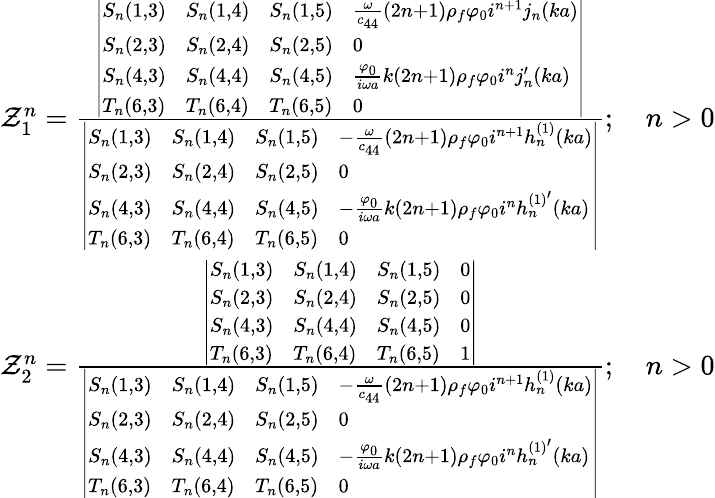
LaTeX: \begin{array}{r}{\mathcal{Z}_{1}^{n}=\frac{\left|\begin{array}{llll}{S_{n}\left(1,3\right)}&{S_{n}\left(1,4\right)}&{S_{n}\left(1,5\right)}&{\frac{\omega}{c_{44}}\left(2n+1\right)\rho_{f}\varphi_{0}i^{n+1}j_{n}\left(ka\right)}\\ {S_{n}\left(2,3\right)}&{S_{n}\left(2,4\right)}&{S_{n}\left(2,5\right)}&{0}\\ {S_{n}\left(4,3\right)}&{S_{n}\left(4,4\right)}&{S_{n}\left(4,5\right)}&{\frac{\varphi_{0}}{i\omega a}k\left(2n+1\right)\rho_{f}\varphi_{0}i^{n}j_{n}^{\prime}\left(ka\right)}\\ {T_{n}\left(6,3\right)}&{T_{n}\left(6,4\right)}&{T_{n}\left(6,5\right)}&{0}\end{array}\right|}{\left|\begin{array}{llll}{S_{n}\left(1,3\right)}&{S_{n}\left(1,4\right)}&{S_{n}\left(1,5\right)}&{-\frac{\omega}{c_{44}}\left(2n+1\right)\rho_{f}\varphi_{0}i^{n+1}h_{n}^{(1)}\left(ka\right)}\\ {S_{n}\left(2,3\right)}&{S_{n}\left(2,4\right)}&{S_{n}\left(2,5\right)}&{0}\\ {S_{n}\left(4,3\right)}&{S_{n}\left(4,4\right)}&{S_{n}\left(4,5\right)}&{-\frac{\varphi_{0}}{i\omega a}k\left(2n+1\right)\rho_{f}\varphi_{0}i^{n}h_{n}^{(1)^{\prime}}\left(ka\right)}\\ {T_{n}\left(6,3\right)}&{T_{n}\left(6,4\right)}&{T_{n}\left(6,5\right)}&{0}\end{array}\right|};\quad n>0}\\ {\mathcal{Z}_{2}^{n}=\frac{\left|\begin{array}{llll}{S_{n}\left(1,3\right)}&{S_{n}\left(1,4\right)}&{S_{n}\left(1,5\right)}&{0}\\ {S_{n}\left(2,3\right)}&{S_{n}\left(2,4\right)}&{S_{n}\left(2,5\right)}&{0}\\ {S_{n}\left(4,3\right)}&{S_{n}\left(4,4\right)}&{S_{n}\left(4,5\right)}&{0}\\ {T_{n}\left(6,3\right)}&{T_{n}\left(6,4\right)}&{T_{n}\left(6,5\right)}&{1}\end{array}\right|}{\left|\begin{array}{llll}{S_{n}\left(1,3\right)}&{S_{n}\left(1,4\right)}&{S_{n}\left(1,5\right)}&{-\frac{\omega}{c_{44}}\left(2n+1\right)\rho_{f}\varphi_{0}i^{n+1}h_{n}^{(1)}\left(ka\right)}\\ {S_{n}\left(2,3\right)}&{S_{n}\left(2,4\right)}&{S_{n}\left(2,5\right)}&{0}\\ {S_{n}\left(4,3\right)}&{S_{n}\left(4,4\right)}&{S_{n}\left(4,5\right)}&{-\frac{\varphi_{0}}{i\omega a}k\left(2n+1\right)\rho_{f}\varphi_{0}i^{n}h_{n}^{(1)^{\prime}}\left(ka\right)}\\ {T_{n}\left(6,3\right)}&{T_{n}\left(6,4\right)}&{T_{n}\left(6,5\right)}&{0}\end{array}\right|};\quad n>0}\end{array}